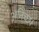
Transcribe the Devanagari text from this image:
अनिच्छ।